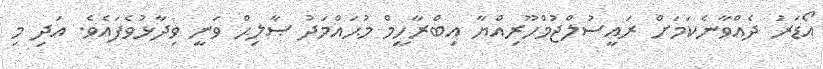
އޯޑަރު ދެއްވާނެކަމަށް ރައީސުލްޖުމްހޫރިއްޔާ އިބްރާހީމް މުޙައްމަދު ޞާލިޙް ވަނީ ވިދާޅުވެފައެވެ. އަދި މި